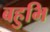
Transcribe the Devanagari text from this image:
बहुभि